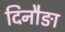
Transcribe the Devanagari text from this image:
दिनौङा